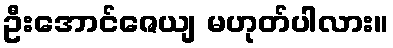
ဦးအောင်ဇေယျ မဟုတ်ပါလား။